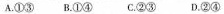
A.①③ B.①④ C.②③ D.②④